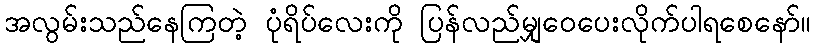
အလွမ်းသည်နေကြတဲ့ ပုံရိပ်လေးကို ပြန်လည်မျှဝေပေးလိုက်ပါရစေနော်။